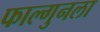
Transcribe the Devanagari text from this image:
फाल्गुनला